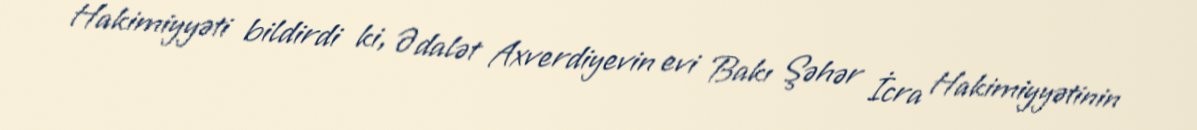
Hakimiyyəti bildirdi ki, Ədalət Axverdiyevin evi Bakı Şəhər İcra Hakimiyyətinin